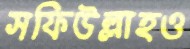
সফিউল্লাহও